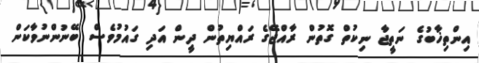
އިންތިޚާބުގެ ނަތީޖާ ނިކުތް ގޮތުން ރާއްޖޭގެ ރައްޔިތުން ދީން އަދި ގައުމުވެސް ބޭނުންނުވާކަން